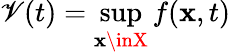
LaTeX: \mathscr{V}(t)=\operatorname*{sup}_{\mathbf{x}\inX}f(\mathbf{x},t)